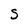
Character: S